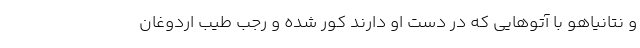
و نتانیاهو با آتوهایی که در دست او دارند کور شده و رجب طیب اردوغان